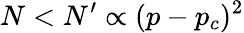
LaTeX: N<N^{\prime}\propto(p-p_{c})^{2}